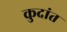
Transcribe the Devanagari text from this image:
कुदांत